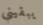
يبقيني